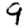
Digit: 9